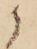
候